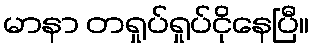
မာနာ တရှုပ်ရှုပ်ငိုနေပြီ။